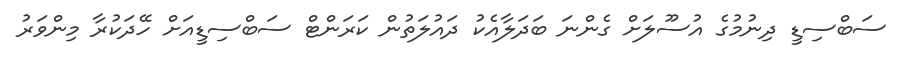
ސަބްސިޑީ ދިނުމުގެ އުސޫލަށް ގެންނަ ބަދަލާއެކު ދައުލަތުން ކަރަންޓް ސަބްސިޑީއަށް ހޭދަކުރާ މިންވަރު